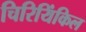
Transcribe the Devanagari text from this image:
चिरियिंकिल